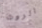
الروث